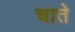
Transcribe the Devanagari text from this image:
चाते